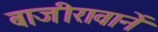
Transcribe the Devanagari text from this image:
बाजीरावानें